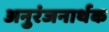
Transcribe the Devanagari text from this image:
अनुरंजनार्थक